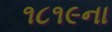
૧૮૧૯ના